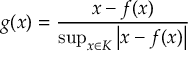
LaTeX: g ( x ) = { \frac { x - f ( x ) } { \operatorname* { s u p } _ { x \in K } \left| x - f ( x ) \right| } }